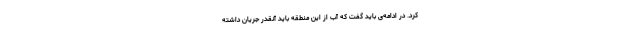
کرد. در ادامه‌ی باید گفت که آب از این منطقه باید آنقدر جریان داشته